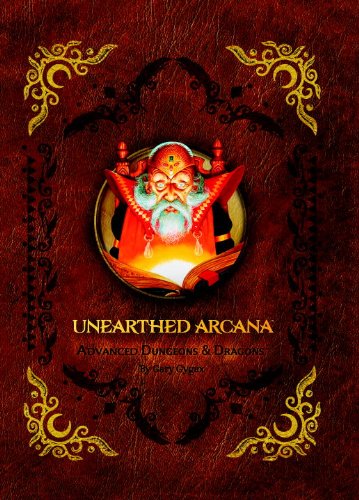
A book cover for Premium 1st Edition Advanced Dungeons & Dragons Unearthed Arcana (D&D Accessory); Wizards RPG Team; Science Fiction & Fantasy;